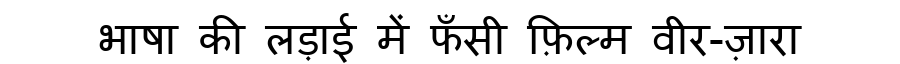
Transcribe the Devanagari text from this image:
भाषा की लड़ाई में फँसी फ़िल्म वीर-ज़ारा